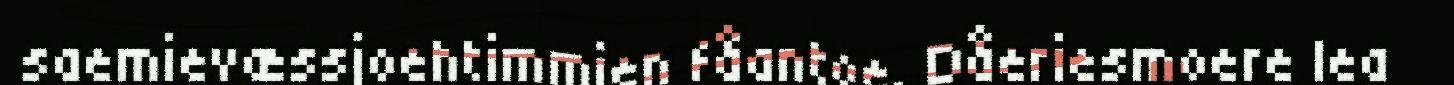
saemievæssjoehtimmien fåantoe. Dåeriesmoere lea